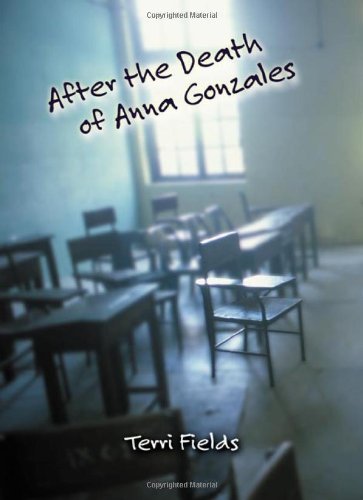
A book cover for After the Death of Anna Gonzales; Terri Fields; Teen & Young Adult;